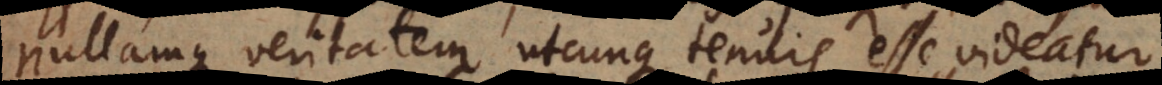
Nullamque veritatem, utcunque tenuis esse videatur,